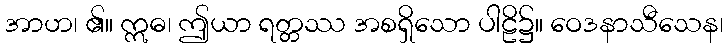
အာဟ၊ ၏။ ဣဓ၊ ဤယာ ရတ္တဿ အစရှိသော ပါဠိ၌။ ဝေဒနာသီသေန၊